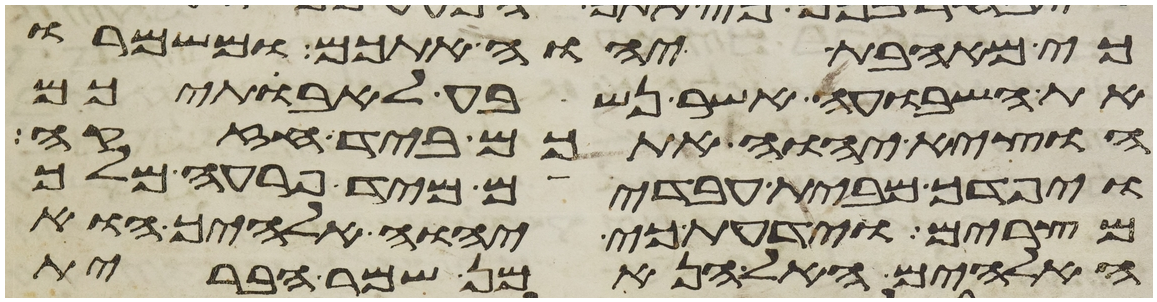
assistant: כי מאהבת יהוה אתכם ומשמרו
את השבועה אשר נשבע לאבתיכם
הוציא יהוה אתכם ביד חזקה
ויפדך מבית עבדים מיד פרעה מלך
מצרים וידעת כי יהוה אלהיך הוא
האלהים האל הנאמן שמר הברית